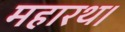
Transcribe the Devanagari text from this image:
महारथ।